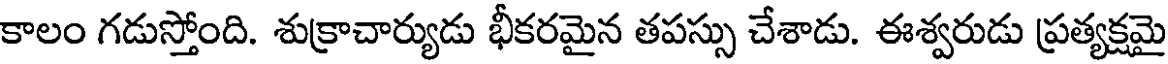
కాలం గడుస్తోంది. శుక్రాచార్యుడు భీకరమైన తపస్సు చేశాడు. ఈశ్వరుడు ప్రత్యక్షమై